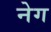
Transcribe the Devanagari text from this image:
नेग